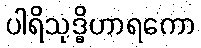
ပါရိသုဒ္ဓိဟာရကော